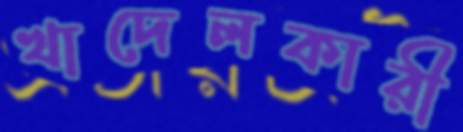
খাদেলকারী